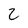
Character: z